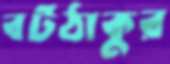
বটঠাকুর